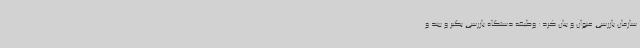
سازمان بازرسی عنوان و بیان کرد: وظیفه دستگاه بازرسی بگیر و ببند و